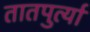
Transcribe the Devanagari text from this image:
तातपुर्त्या